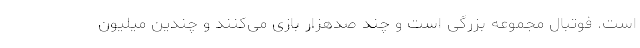
است. فوتبال مجموعه بزرگی است و چند صدهزار بازی می‌کنند و چندین میلیون